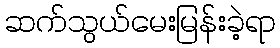
ဆက်သွယ်မေးမြန်းခဲ့ရာ